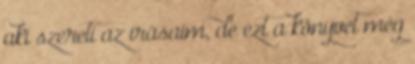
aki szereti az írásaim, de ezt a könyvet még